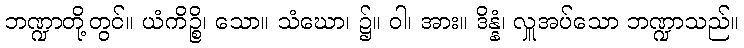
ဘဏ္ဍာတို့တွင်။ ယံကိဉ္စိ၊ သော။ သံဃော၊ ၌။ ဝါ၊ အား။ ဒိန္နံ၊ လှူအပ်သော ဘဏ္ဍာသည်။